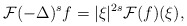
\begin{align*} \mathcal F(-\Delta)^{s}f=|\xi|^{2s}\mathcal F (f)(\xi),\end{align*}